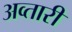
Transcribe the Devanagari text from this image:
अव्तारी